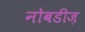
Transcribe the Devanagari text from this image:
नोबडीज़